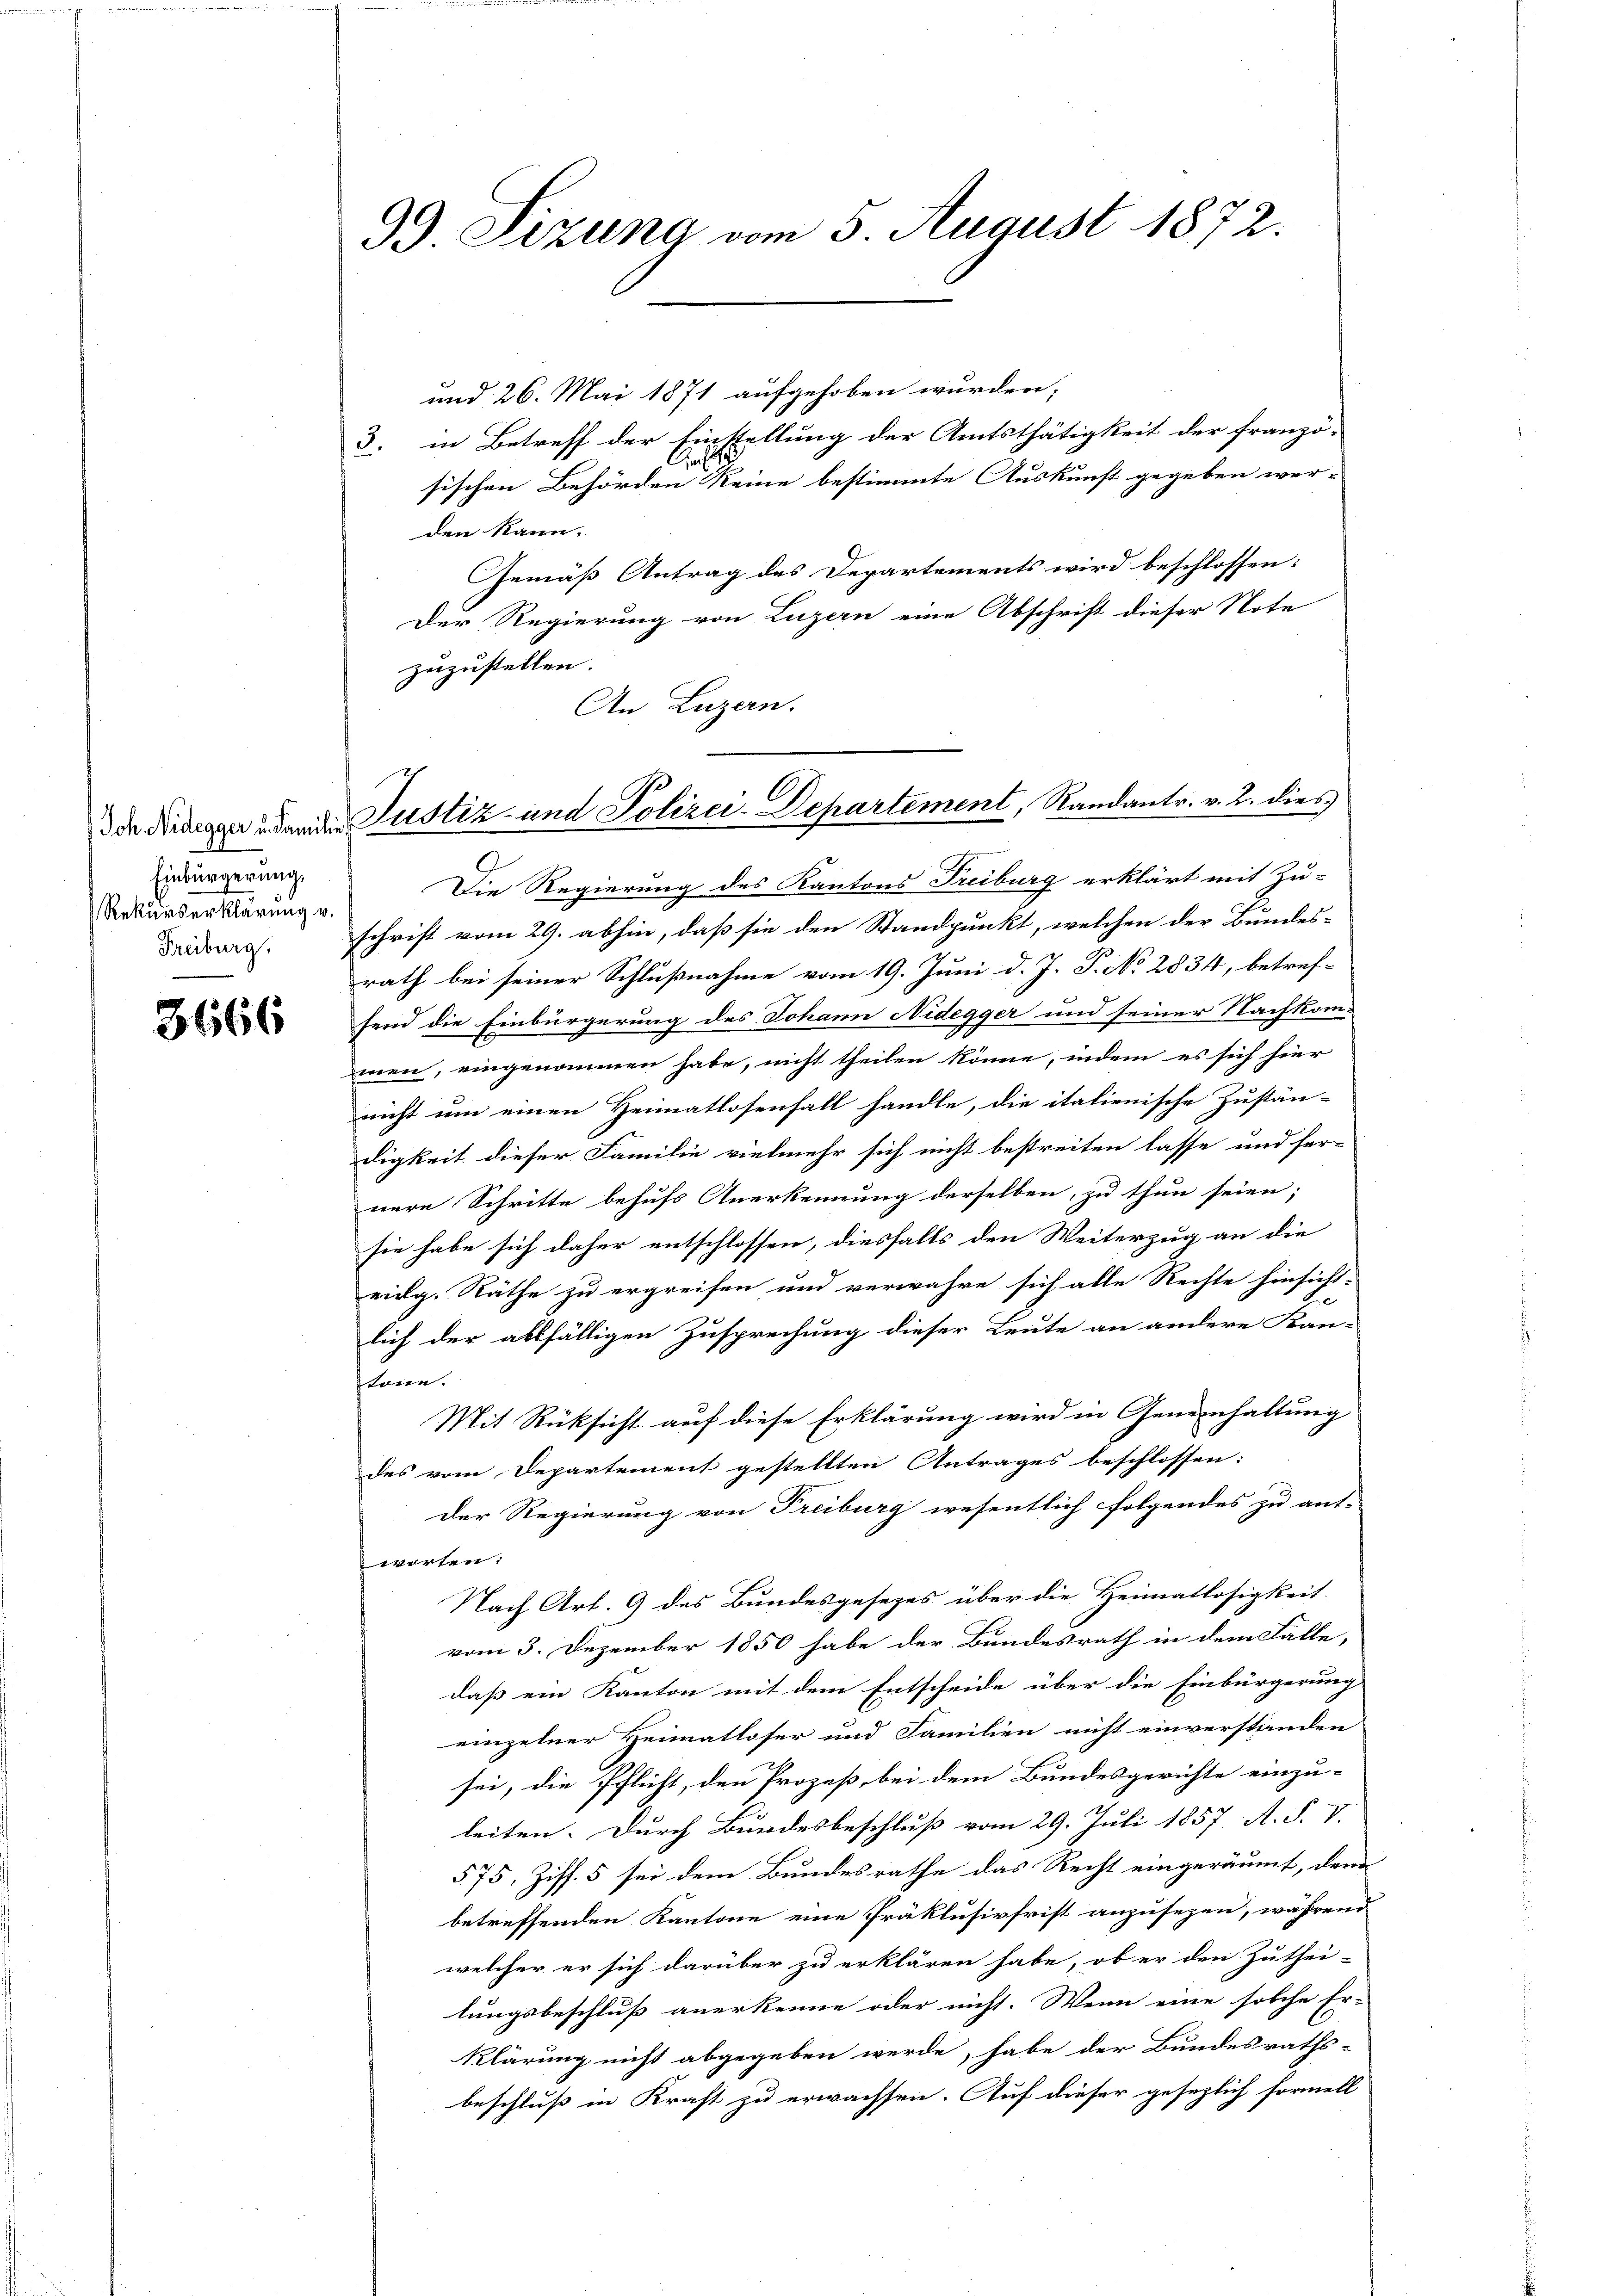
Einbürgerung
Rekurserklärung v.

3666

99. Sizung vom 5. August 1872.

de dienen den der Justiz und Polizei-Departement, Randantr. v. 2. dies

und 26. Mai 1871 aufgehoben wurden;
3. in Betreff der Einstellung der Amtsthätigkeit der franzö-
sischen Behörden Reine bestimmte Auskunft gegeben wer-
den kann.
Gemäß Antrag des Departements wird beschlossen:
Der Regierung von Luzern eine Abschrift dieser Note
zuzustellen.
An Luzern.
Die Regierung des Kantons Freiburg erklärt mit Zu-
Fridore schrift vom 29. abhin, daß sie den Standpunkt, welchen der Bundes-
rath bei seiner Schlußnahme vom 19. Juni d. J. P. No 2834, betref-
fend die Einbürgerung des Johann Nidegger und seiner Nachkom-
men, eingenommen habe, nicht theilen könne, indem es sich hier
nicht um einen Heimatlosenfall handle, die italienische Zustän-
digkeit dieser Familie vielmehr sich nicht bestreiten lasse und fer-
nere Schritte behufs Anerkennung derselben, zu thun seien;
sie habe sich daher entschlossen, diesfalls den Weiterzug an die
eidg. Räthe zu ergreifen und verwahre sich alle Rechte hinsicht-
E
lich der allfälligen Zusprechung dieser Leute an andere Kan-
töne.
Mit Rücksicht auf diese Erklärung wird in Geneinhaltung
des vom Departement gestellten Antrages beschlossen:
der Regierung von Freiburg wesentlich folgendes zu ant-
worten:
Nach Art. 9 des Bundesgesezes über die Heimatlosigkeit
vom 3. Dezember 1850 habe der Bundesrath in dem Fälle,
daß ein Kanton mit dem Entscheide über die Einbürgerung
einzelner Heimatloser und Familien nicht einverständen
sei, die Pflicht, den Prozeß, bei dem Bundesgerichte einzu-
leiten. Durch Bundesbeschluß vom 29. Juli 1857. A. F. V.
§ 75, Ziff. 5 sei dem Bundesrathe das Recht eingeräumt, den
betreffenden Kantone eine Präklusivfrist anzusezen, während
welcher er sich darüber zu erklären habe, ob er den Zuthei-
lungsbeschluß anerkenne oder nicht. Wenn eine solche Er-
klärung nicht abgegeben werde, habe der Bundesraths-
beschluß in Kraft zu erwachsen. Auf dieser gesezlich formell